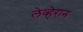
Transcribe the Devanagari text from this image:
लेव्हेरान